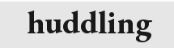
huddling